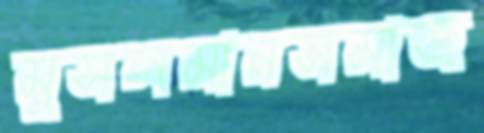
মুসলমানসমাজ